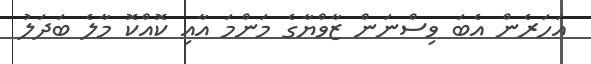
އަހަރެން އެބަ ވިސްނަން ޒާވްޔާގެ މަންމަ އާއި ކޮއްކޮ މާލެ ބަދަލު